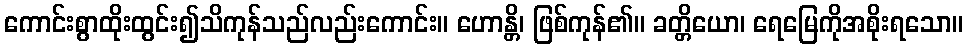
ကောင်းစွာထိုးထွင်း၍သိကုန်သည်လည်းကောင်း။ ဟောန္တိ၊ ဖြစ်ကုန်၏။ ခတ္တိယော၊ ရေမြေကိုအစိုးရသော။